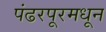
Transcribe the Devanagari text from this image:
पंढरपूरमधून